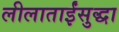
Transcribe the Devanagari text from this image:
लीलाताईंसुद्धा